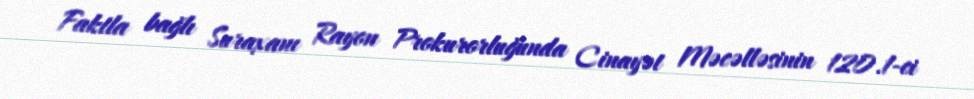
Faktla bağlı Suraxanı Rayon Prokurorluğunda Cinayət Məcəlləsinin 120.1-ci